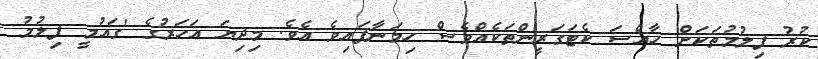
ކުރު ފިލުމުތަކަށް ހާއްސަ ކެޓަގަރީންތަކެއްވެސް ހިމަނާފައިވެ އެވެ. މިދިޔަ އަހަރުގެ 'ގައުމީ ފިލުމު